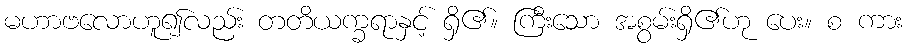
မဟာဗလောဟူ၍လည်း တတိယက္ခရာနှင့် ရှိ၏။ ကြီးသော အစွမ်းရှိ၏ဟု ပေး။ စ ကား